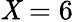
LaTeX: \mathit{X}=6